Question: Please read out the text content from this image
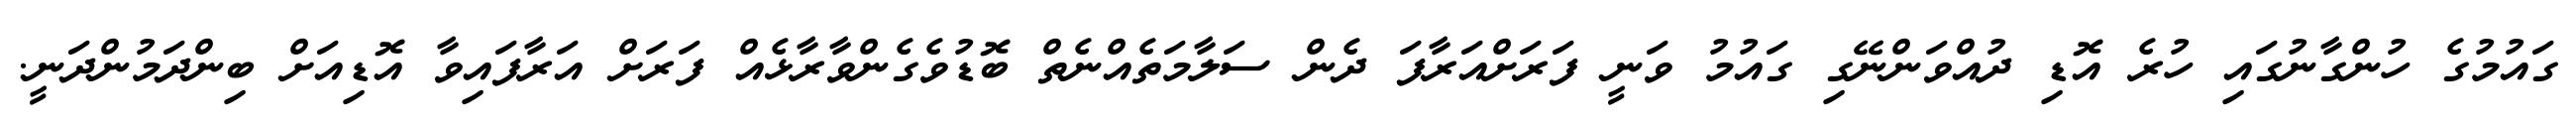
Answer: ގައުމުގެ ހުންގާނުގައި ހުރެ އޮޑި ދުއްވަންނޭގި ގައުމު ވަނީ ފަރަށްއަރާފަ ދެން ސަލާމަތެއްނެތް ބޮޑުވެގެންވާރާޅެއް ފަރަށް އަރާފައިވާ އޮޑިއަށް ބިންދަމުންދަނީ.